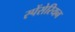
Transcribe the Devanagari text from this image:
स्पेंसेरियन